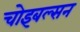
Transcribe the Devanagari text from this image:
चोइबल्सन